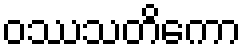
ဝဿသတိကော